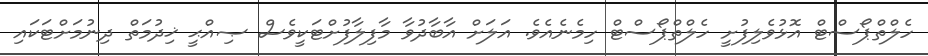
ހެލްތްޕޯސްޓް އޮޅުވެލިފުށީ ހެލްތްޕޯސްޓް ހިމެނެއެވެ. އަލަށް އާބާދުވާ މާފިލާފުށްޓަކީވެސް ޞިއްޙީ ޚިދުމަތް ދިނުމަށްޓަކައި